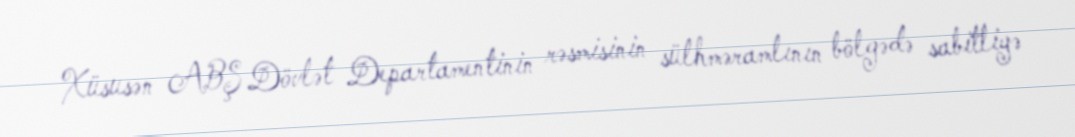
Xüsusən ABŞ Dövlət Departamentinin rəsmisinin sülhməramlının bölgədə sabitliyə